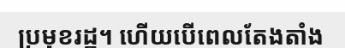
ប្រមុខរដ្ឋ។ ហើយបើពេលតែងតាំង